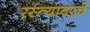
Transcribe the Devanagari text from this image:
रस्त्यावरचे